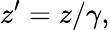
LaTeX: z^{\prime}=z/\gamma,